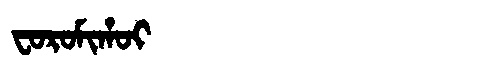
Manchu: ᠸᠣᡵᠣᠮᡳᡥᠣᡳ
Romanization: FOROMIHOI